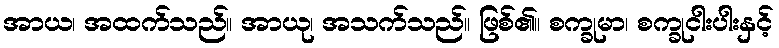
အာယ၊ အထက်သည်။ အာယု၊ အသက်သည်။ ဖြစ်၏။ စက္ခုမာ၊ စက္ခုငါးပါးနှင့်